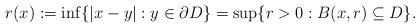
LaTeX: \begin{align*} r(x):=\inf\{|x-y| : y\in \partial D\}=\sup\{r>0 : B(x,r) \subseteq D\}.\end{align*}